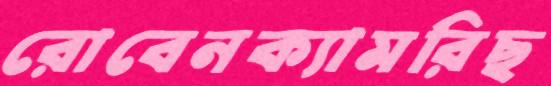
রোবেনক্যামরিছ